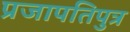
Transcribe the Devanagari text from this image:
प्रजापतिपुत्र